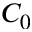
C _ { 0 }